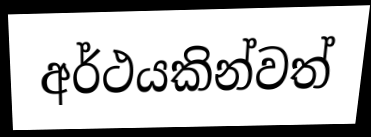
අර්ථයකින්වත්